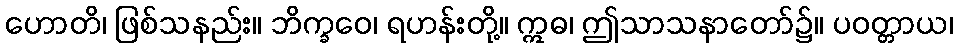
ဟောတိ၊ ဖြစ်သနည်း။ ဘိက္ခဝေ၊ ရဟန်းတို့။ ဣဓ၊ ဤသာသနာတော်၌။ ပဝတ္တာယ၊